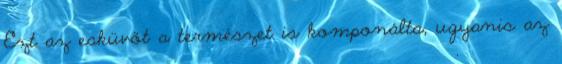
Ezt az esküvőt a természet is komponálta, ugyanis az